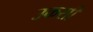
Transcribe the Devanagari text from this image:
उकसी